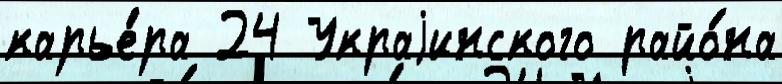
карье́ра 24 Украjинского райо́на